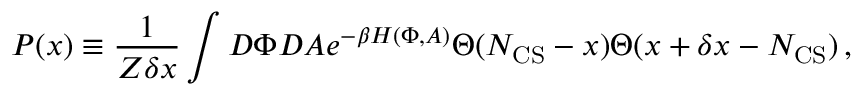
P ( x ) \equiv \frac { 1 } { Z \delta x } \int { \cal D } \Phi { \cal D } A e ^ { - \beta H ( \Phi , A ) } \Theta ( N _ { \mathrm { C S } } - x ) \Theta ( x + \delta x - N _ { \mathrm { C S } } ) \, ,